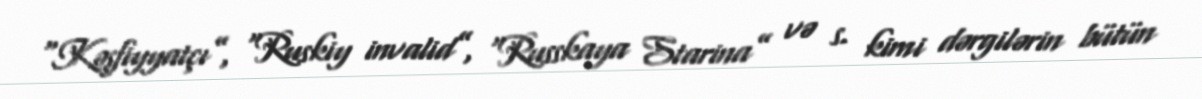
“Kəşfiyyatçı”, “Ruskiy invalid”, “Russkaya Starina” və s. kimi dərgilərin bütün